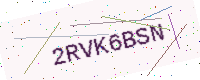
Text: 2RVK6BSN